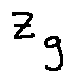
z _ { g }